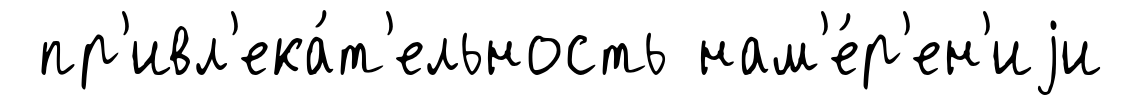
пр'ивл'ека́т'ельность нам'е́р'ен'иjи